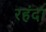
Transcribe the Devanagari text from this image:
रहंदा